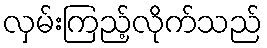
လှမ်းကြည့်လိုက်သည်